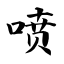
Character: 喷